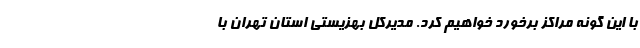
با این گونه مراکز برخورد خواهیم کرد. مدیرکل بهزیستی استان تهران با